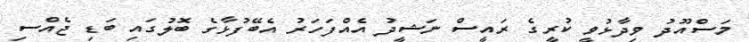
މަސްއޫދު ވިދާޅުވީ ކުރީގެ ރައީސް ނަޝީދު އެއްފަހަރު އެބޭފުޅާގެ ބޮލުގައި ބަޑި ޖެއްސި